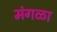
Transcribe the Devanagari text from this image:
मंगळा